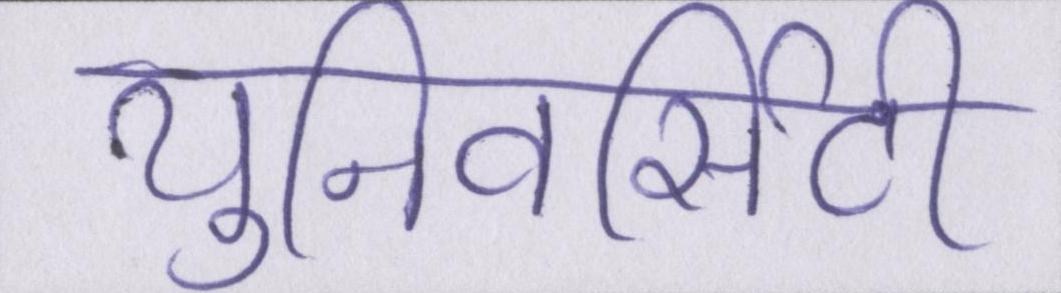
युनिवर्सिटी